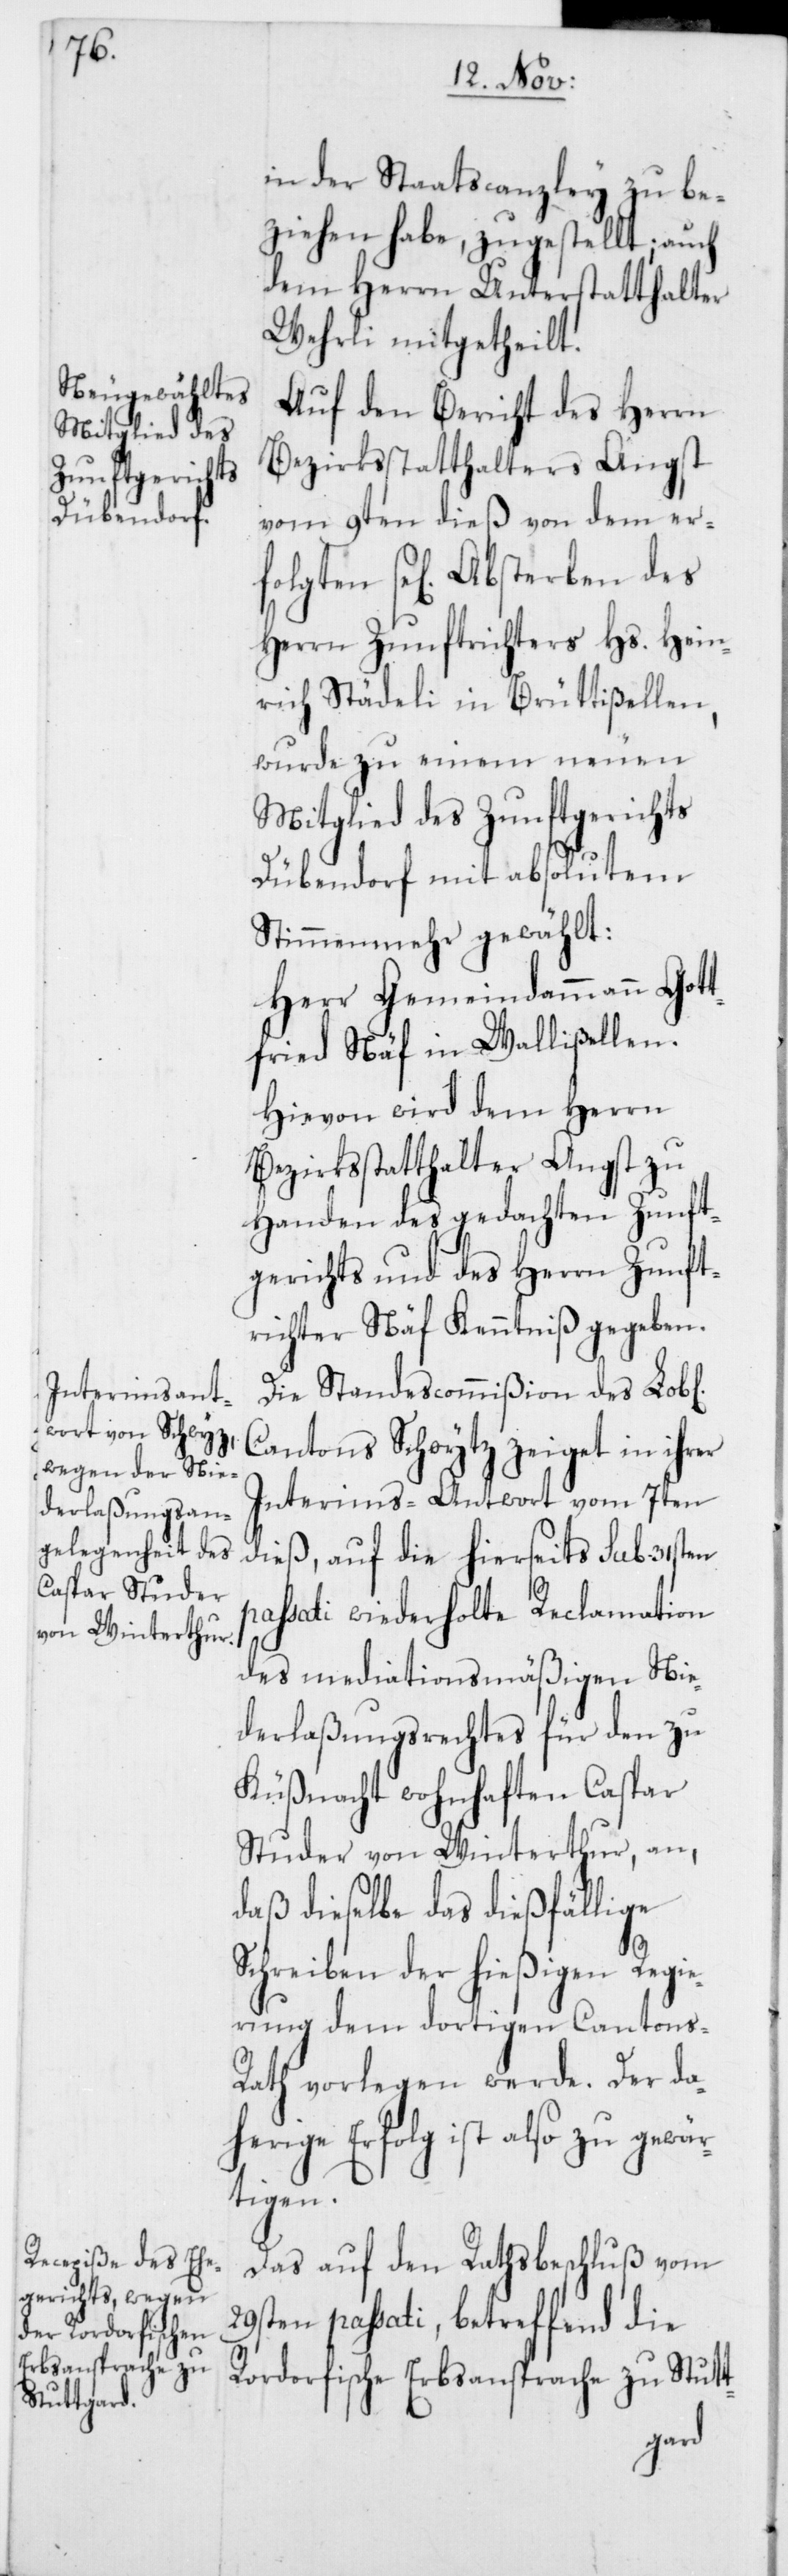
in der Staatscanzley zu be¬
ziehen habe, zugestellt; auch
dem Herrn Unterstatthalter
Wehrli mitgetheilt.
Auf den Bericht des Herrn
Bezirksstatthalters Angst
vom 9ten dieß von dem er¬
se[ligen] Absterben des
Herrn Zunftrichters Hs. Hein¬
rich Städeli in Brüttißellen,
wurde zu einem neuen
Mitglied des Zunftgerichts
Dübendorf mit absolutem
Stimmenmehr gewählt:
Herr Gemeindammann Gott¬
Hievon wird dem Herrn
Bezirksstatthalter Angst zu
Handen des gedachten Zunft¬
gerichts und des Herrn Zunft¬
richter Näf Kenntniß gegeben.
Die Standescommißion des Lob[l¬
Cantons Schwytz zeiget in ihrer
Interims-Antwort vom 7ten
dieß, auf die hierseits sub 31sten
passati wiederholte Reclamation
des mediationsmäßigen Nie¬
derlaßungsrechtes für den zu
Küßnacht wohnhaften Caspar
Studer von Winterthur, an,
daß dieselbe das dießfällige
Schreiben der hießigen Regi¬
erung dem dortigen Cantons-R¬
ath vorlegen werde. Der da¬
herige Erfolg ist also zu gewär¬
tigen.
Das auf den Rathsbeschluß vom
29sten passati, betreffend die
Rordorfische Erbsansprache zu Stutt-
fried